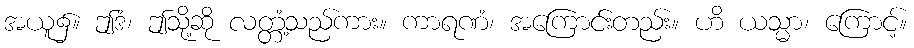
အယူ၌။ ဤဒံ၊ ဤသို့ဆို လတ္တံ့သည်ကား။ ကာရဏံ၊ အကြောင်းတည်း။ ဟိ ယသ္မာ၊ ကြောင့်။